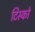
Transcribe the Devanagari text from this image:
टिस्‍को